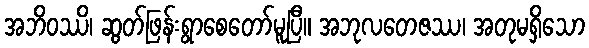
အဘိဝဿိ၊ ဆွတ်ဖြန်းရွာစေတော်မူပြီ။ အဘုလတေဇဿ၊ အတုမရှိသော